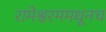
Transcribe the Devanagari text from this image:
रामेश्वरममधूनच